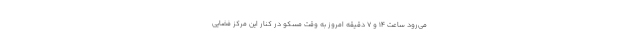
می‌رود ساعت ۱۴ و ۷ دقیقه امروز به وقت مسکو در کنار این مرکز فضایی